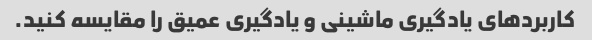
کاربردهای یادگیری ماشینی و یادگیری عمیق را مقایسه کنید.